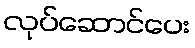
လုပ်ဆောင်ပေး